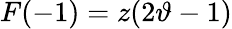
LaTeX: F(-1)=z(2\vartheta-1)